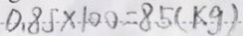
0 . 8 5 \times 1 0 0 = 8 5 ( k g )